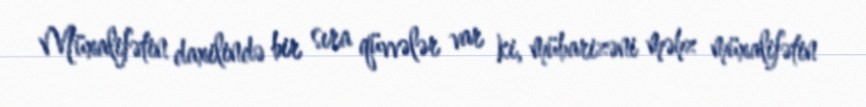
Müxalifətin daxilində bir sıra qüvvələr var ki, mübarizəni məhz müxalifətin